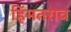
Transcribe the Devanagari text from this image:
हिंमतराव